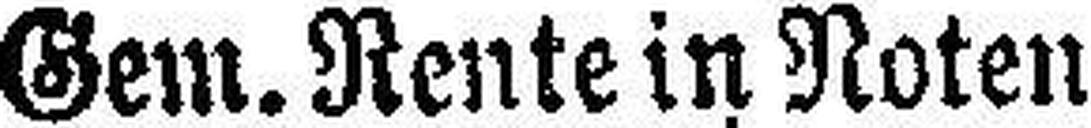
Gem. Rente in Noten